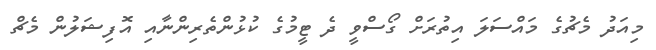
މިއަދު މެޗުގެ މައްސަލަ އިތުރަށް ގޯސްވީ ދެ ޓީމުގެ ކުޅުންތެރިންނާއި އޮފިޝަލުން މެޗް